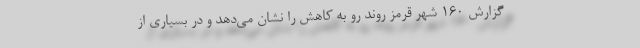
گزارش 160 شهر قرمز روند رو به کاهش را نشان می‌دهد و در بسیاری از